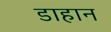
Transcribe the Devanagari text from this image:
डाहान